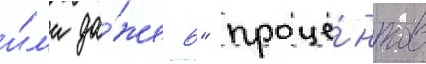
и́л'и да́же 6" проце́нтов